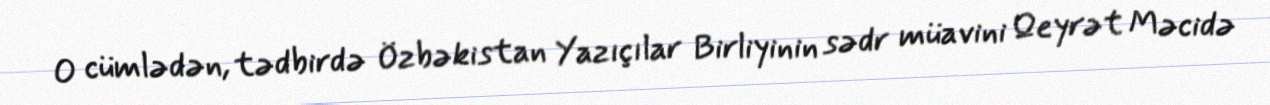
O cümlədən, tədbirdə Özbəkistan Yazıçılar Birliyinin sədr müavini Qeyrət Məcidə